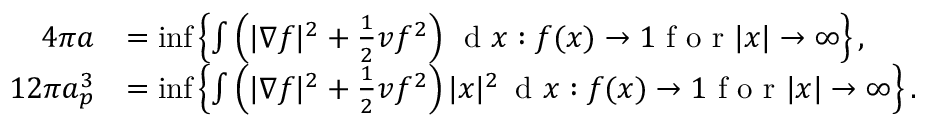
\begin{array} { r l } { 4 \pi a } & { = \operatorname* { i n f } \left\{ \int \left( | \nabla f | ^ { 2 } + \frac { 1 } { 2 } v f ^ { 2 } \right) \, \textnormal { d } x : f ( x ) \to 1 \textnormal { f o r } | x | \to \infty \right\} , } \\ { 1 2 \pi a _ { p } ^ { 3 } } & { = \operatorname* { i n f } \left\{ \int \left( | \nabla f | ^ { 2 } + \frac { 1 } { 2 } v f ^ { 2 } \right) | x | ^ { 2 } \, \textnormal { d } x : f ( x ) \to 1 \textnormal { f o r } | x | \to \infty \right\} . } \end{array}